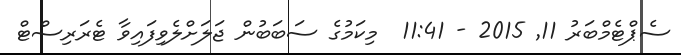
ސެޕްޓެމްބަރު 11